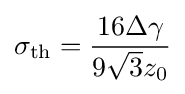
\sigma _{\text{th}}={\frac {16\Delta \gamma }{9{\sqrt {3}}z_{0}}}